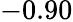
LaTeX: -0.90